Maemoisa_(Sinalepa)_vallavalitsus, lk 10
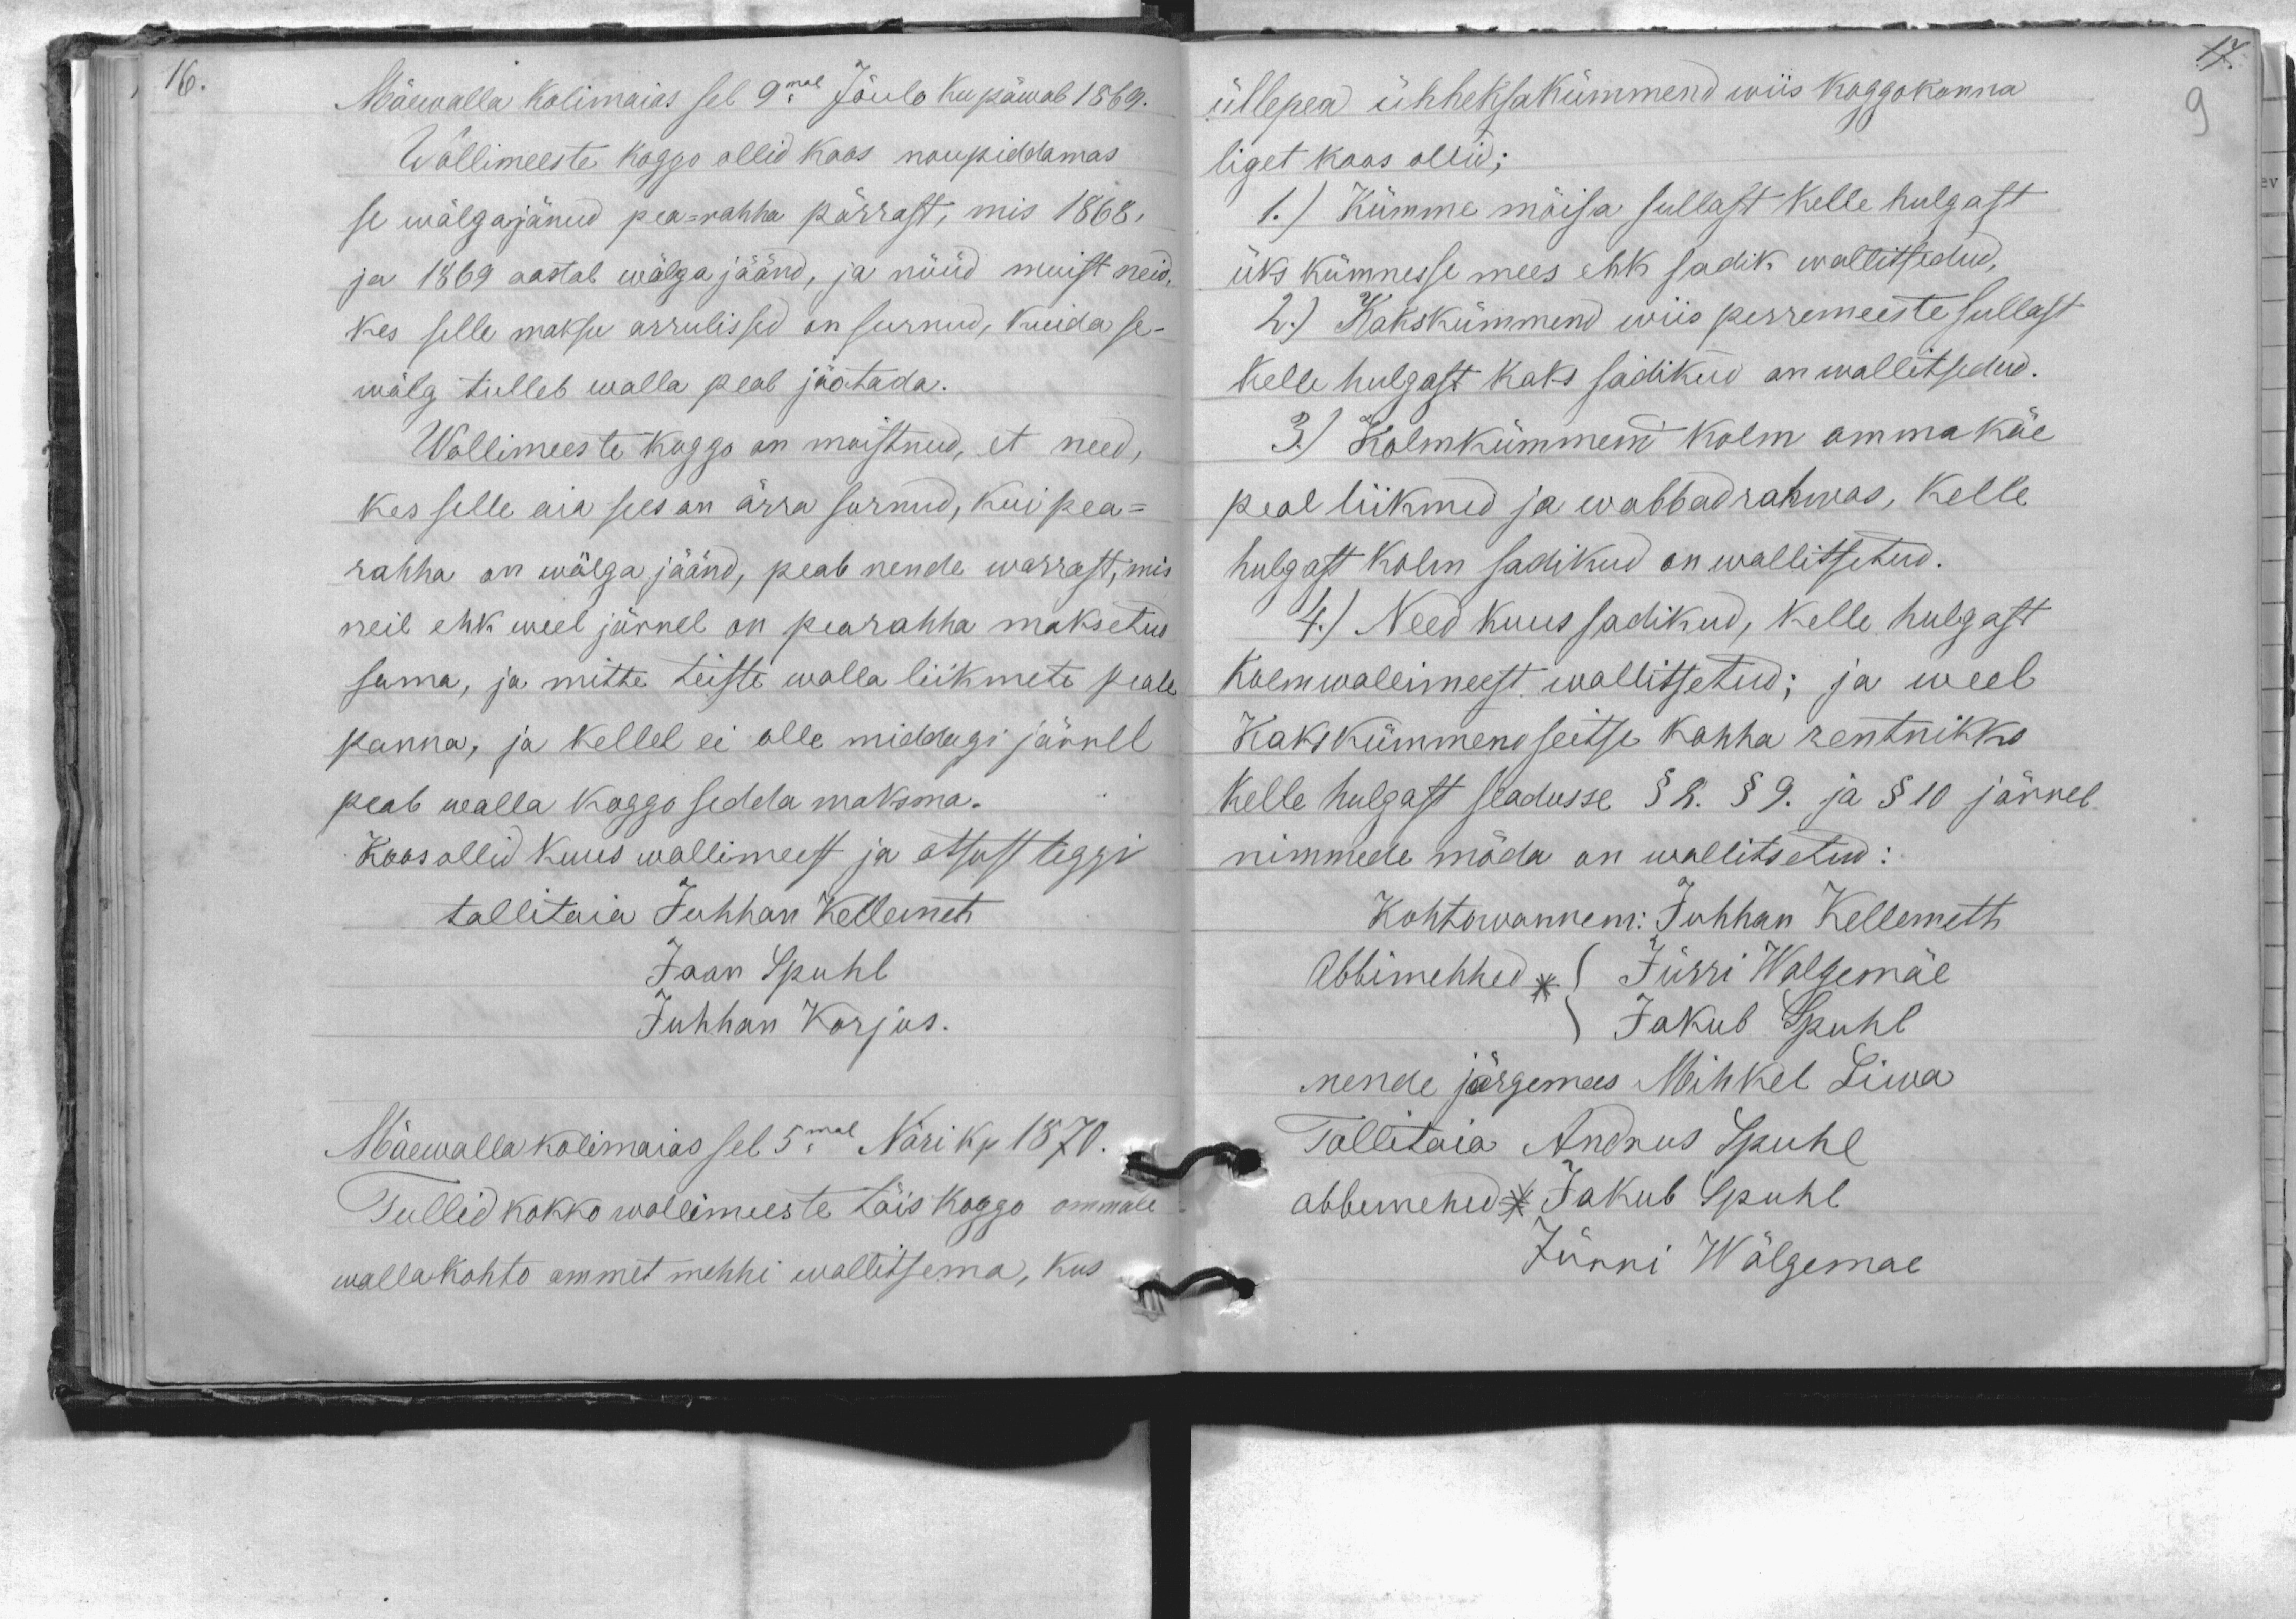
Mäewalla kolimaias sel 9mal Jõulo ku päwal 1869.
Wollimeeste koggo ollid koos noupiddamas
se wõlgajänud pea-rahha pärrast, mis 1868.
ja 1869 aastal wõlga jäänd, ja nüüd muist neid,
kes selle maksu arrulissed on surnud, kuida se-
wõlg tulleb walla peal jaotada.
Wollimeeste koggo on moistnud, et need,
kes selle aia sees on ärra surnud, kui pea-
rahha on wõlga jäänd, peab nende warrast, mis
neil ehk weel järrel on pearahha maksetud
sama, ja mitte teiste walla liikmete peale
panna, ja kellel ei olle middagi järrel
peab walla koggo sedda maksma.
Koos ollid kuus wollimeest ja otsust teggi
tallitaia Juhhan Kellemet
Jaan Spuhl
Juhhan Korjus.
Mäewalla kolimaias sel 5mal Näri kp 1870.
Tullid kokko wollimeeste täis koggo ommale
wallakohto ammet mehhi wallitsema, kus

üllepea ühheksakümmend wiis koggokonna
liget koos ollid;
1.) Kümme mõisa sullast kelle hulgast
üks kümnesse mees ehk sadik wallitsetud,
2.) Kakskümmend wiis perremeeste sullast
kelle hulgast kaks sadikud on wallitsedud.
3) Kolmkümmend kolm omma käe
peal liikmed ja wabbad rahwas, kelle
hulgast kolm sadikud on wallitsetud.
4.) Need kuus sadikud, kelle hulgast
kolm wollimeest wallitsetud; ja weel
kakskümmend seitse kohha rentnikko
kelle hulgast seadusse § 8. § 9. ja § 10 järrel
nimmede möda on walitsetud:
Kohtowannem: Juhhan Kellemett.
Abbimehhed Jürri Walgemäe
Jakub Spuhl
nende järgemees Mihkel Liwa
Tallitaja Andrus Spuhl
abbimehed Jakub Spuhl
Jürri Wälgemae